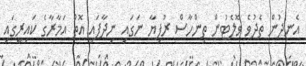
އެނދުން ތެދުވެ ވޮލެޓުން ތިންހާސް ރުފިޔާ ނަގައި ނިދާފައި އޮތް އަމާރާގެ ކައިރީގައި